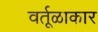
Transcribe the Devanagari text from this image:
वर्तूळाकार